Indian journal of veterinary science and animal husbandry - Volume 3,
Year: 1933
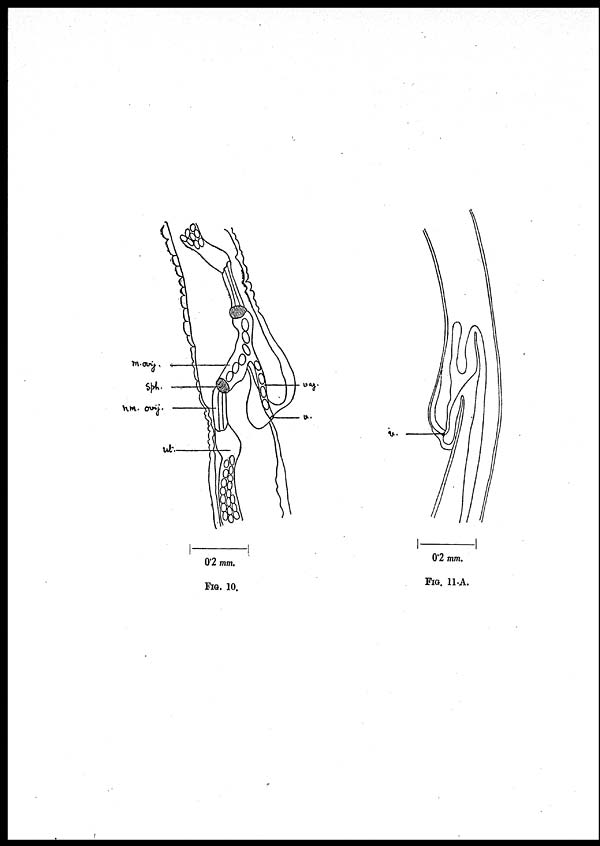
FIG. 10.
FIG. 11-A.